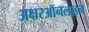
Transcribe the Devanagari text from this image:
अक्षरऑनलाइन